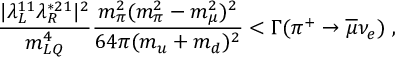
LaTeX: \frac { | \lambda _ { L } ^ { 1 1 } \lambda _ { R } ^ { * 2 1 } | ^ { 2 } } { m _ { L Q } ^ { 4 } } \frac { m _ { \pi } ^ { 2 } ( m _ { \pi } ^ { 2 } - m _ { \mu } ^ { 2 } ) ^ { 2 } } { 6 4 \pi ( m _ { u } + m _ { d } ) ^ { 2 } } < \Gamma ( \pi ^ { + } \rightarrow \overline { { { \mu } } } \nu _ { e } ) \; ,